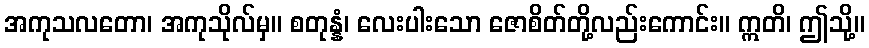
အကုသလတော၊ အကုသိုလ်မှ။ စတုန္နံ၊ လေးပါးသော ဇောစိတ်တို့လည်းကောင်း။ ဣတိ၊ ဤသို့။